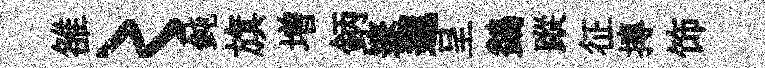
雒〻鈍旗増鈵邃邐呈鷁蹤征摶饰